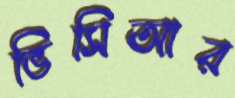
ভিসিআর